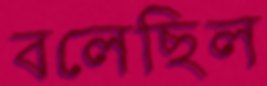
বলেছিল